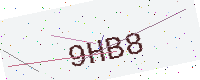
Text: 9HB8